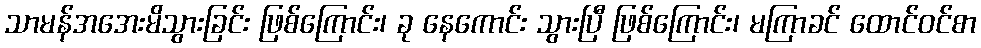
သာမန်အအေးမိသွားခြင်း ဖြစ်ကြောင်း၊ ခု နေကောင်း သွားပြီ ဖြစ်ကြောင်း၊ မကြာခင် ထောင်ဝင်စာ